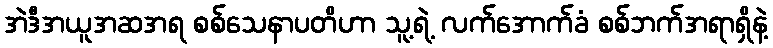
အဲဒီအယူအဆအရ စစ်သေနာပတိဟာ သူ့ရဲ့ လက်အောက်ခံ စစ်ဘက်အရာရှိနဲ့